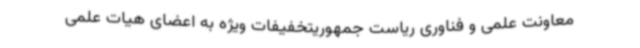
معاونت علمی و فناوری ریاست جمهوریتخفیفات ویژه به اعضای هیات علمی